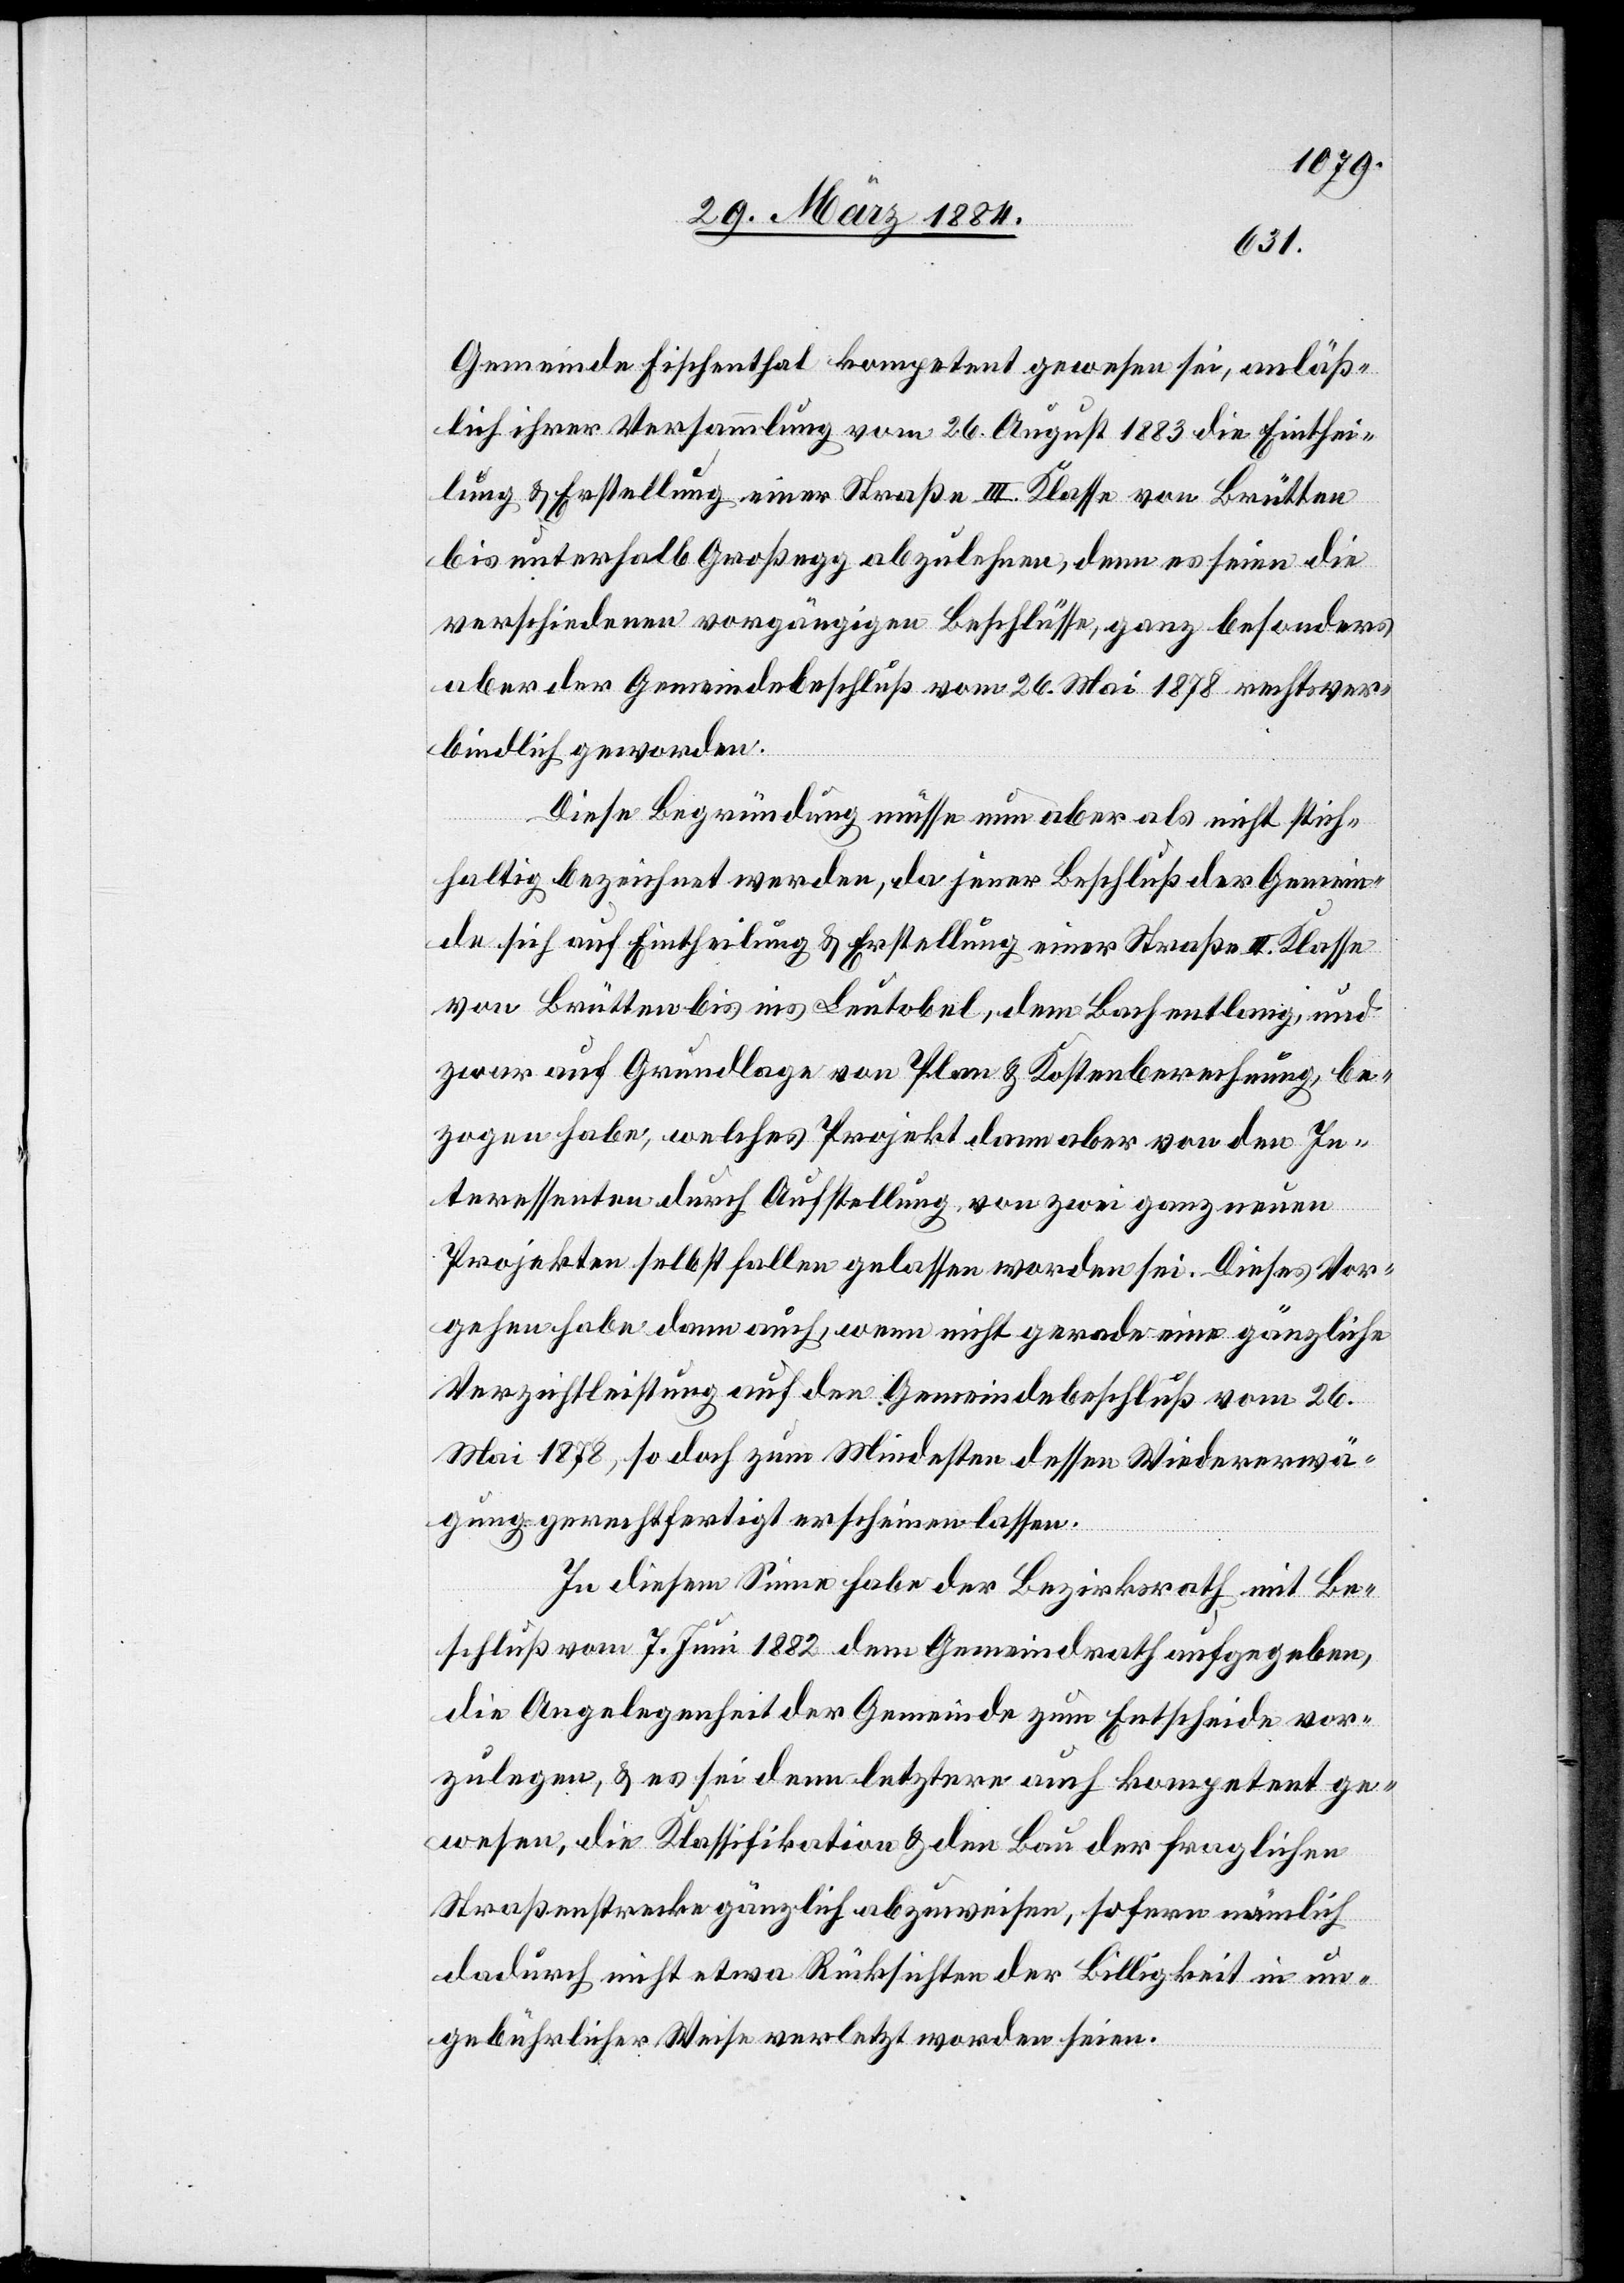
Gemeinde Fischenthal kompetent gewesen sei, anläß¬
lich ihrer Versammlung vom 26. August 1883 die Einthei¬
lung & Erstellung einer Straße III. Klasse von Brütten
bis unterhalb Großwegg abzulehnen, denn es seien die
verschiedenen vorgängigen Beschlüsse, ganz besonders
aber der Gemeindebeschluß vom 26. Mai 1878 rechtsver¬
bindlich geworden.
Diese Begründung müsse nun aber als nicht stich¬
haltig bezeichnet werden, da jener Beschluß der Gemein¬
de sich auf Eintheilung & Erstellung einer Straße III. Klasse
von Brütten bis ins Leutobel, dem Bach entlang, und
zwar auf Grundlage von Plan & Kostenberechnung, be¬
zogen habe, welches Projekt dann aber von den In¬
teressenten durch Aufstellung von zwei ganz neuen
Projekten selbst fallen gelassen worden sei. Dieses Vor¬
gehen habe dann auch, wenn nicht gerade eine gänzliche
Verzichtleistung auf den Gemeindebeschluß vom 26.
Mai 1878, so doch zum Mindesten dessen Wiedererwä¬
gung gerechtfertigt erscheinen lassen.
In diesem Sinne habe der Bezirksrath mit Be¬
schluß vom 7. Juni 1882 dem Gemeindrath aufgegeben,
die Angelegenheit der Gemeinde zum Entscheide vor¬
zulegen, & es sei denn letztere auch kompetent ge¬
wesen, die Klassifikation & den Bau der fraglichen
Straßenstrecke gänzlich abzuweisen, sofern nämlich
dadurch nicht etwa Rücksichten der Billigkeit in un¬
gebührlicher Weise verletzt worden seien.